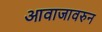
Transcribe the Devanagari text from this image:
आवाजावरुन